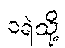
ငရဲသို့